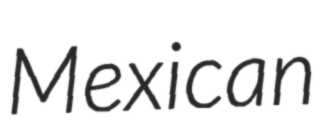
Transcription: Mexican